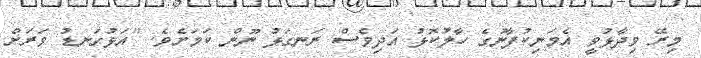
މިރޭ ވިދާޅުވީ އެމަނިކުފާނުގެ ހާލުކޮޅު އަދިވެސް ރަނގަޅު ނޫން ކަމަށެވެ. "އަޅުގަނޑު ވަރަށް